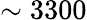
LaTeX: \sim 3300